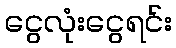
ငွေလုံးငွေရင်း